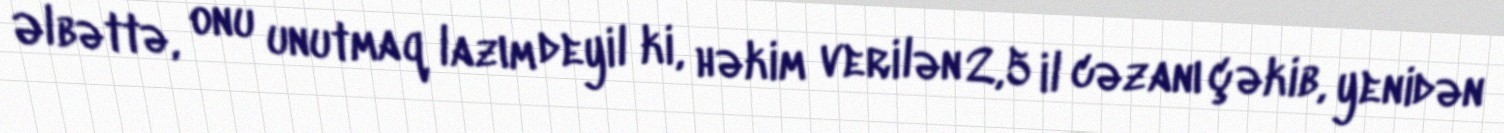
Əlbəttə, onu unutmaq lazım deyil ki, həkim verilən 2,5 il cəzanı çəkib, yenidən